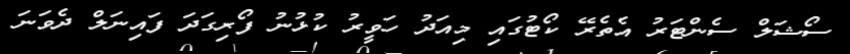
ސޯޝަލް ސެންޓަރު އެތެރޭ ކޯޓުގައި މިއަދު ހަވީރު ކުޅުނު ފޯރިގަދަ ފައިނަލް ދެވަނަ